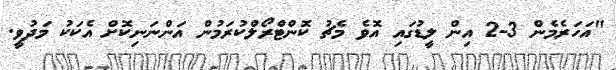
"އަހަރެމެން 3-2 އިން ލީޑުގައި އޮވެ މެޗު ކޮންޓްރޯލްކުރަމުން އަންނަނިކޮށް އެކަކު މަދުވީ.